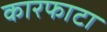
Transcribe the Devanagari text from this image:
कारफाटा